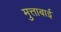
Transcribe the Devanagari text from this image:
मुत्ताबाई